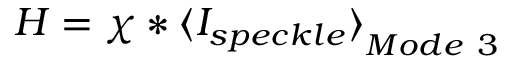
H = \chi * { \langle I _ { s p e c k l e } \rangle } _ { M o d e \ 3 }